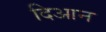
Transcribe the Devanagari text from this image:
दिआन